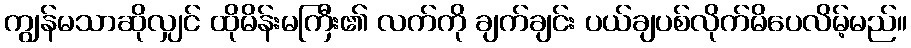
ကျွန်မသာဆိုလျှင် ထိုမိန်းမကြီး၏ လက်ကို ချက်ချင်း ပယ်ချပစ်လိုက်မိပေလိမ့်မည်။